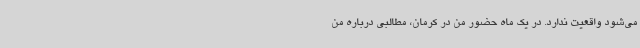
می‌شود واقعیت ندارد. در یک ماه حضور من در کرمان، مطالبی درباره من